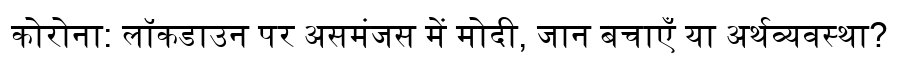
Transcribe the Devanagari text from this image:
कोरोना: लॉकडाउन पर असमंजस में मोदी, जान बचाएँ या अर्थव्यवस्था?